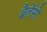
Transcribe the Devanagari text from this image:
बैलेंसों